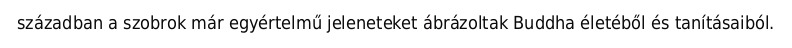
században a szobrok már egyértelmű jeleneteket ábrázoltak Buddha életéből és tanításaiból.